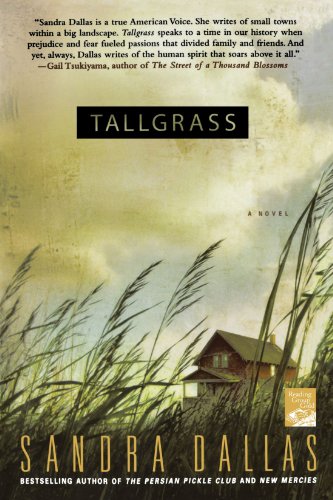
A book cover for Tallgrass; Sandra Dallas; Mystery, Thriller & Suspense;